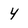
Character: 4